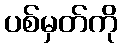
ပစ်မှတ်ကို